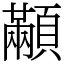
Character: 顢